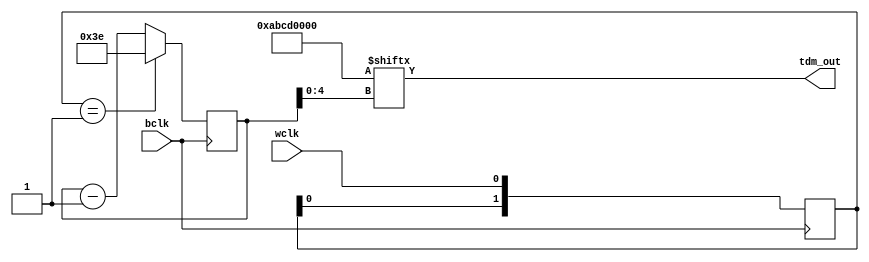
module tdm_gen(
    input bclk,
    input wclk,
    output tdm_out
);
    reg [1:0] wc_ff;
    reg [5:0] bclk_cnt;
    parameter FIX_DATA = 32'hABCD0000;

    assign tdm_out = FIX_DATA[bclk_cnt[4:0]];

    always @(posedge bclk)begin
        wc_ff <= {wc_ff[0], wclk};
    end

    always @(negedge bclk)begin
        if(wc_ff == 2'b01)
            bclk_cnt <= 6'd62;
		else begin
			bclk_cnt <= bclk_cnt - 6'd1;
		end
    end

endmodule